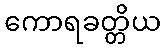
ကောရခတ္တိယ